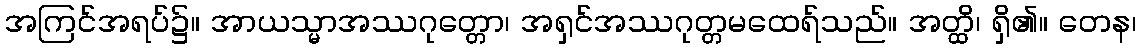
အကြင်အရပ်၌။ အာယသ္မာအဿဂုတ္တော၊ အရှင်အဿဂုတ္တမထေရ်သည်။ အတ္ထိ၊ ရှိ၏။ တေန၊